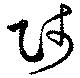
師